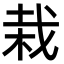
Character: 栽